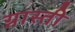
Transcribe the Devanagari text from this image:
ग्नास्ती